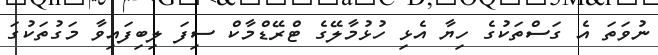
ނުވަތަ އެ ގަސްތަކުގެ ހިޔާ އެޅި ހުޅުމާލޭގެ ޓްރޭޑްމާކް ސިފަ ލިބިފައިވާ މަގުތަކުގަ